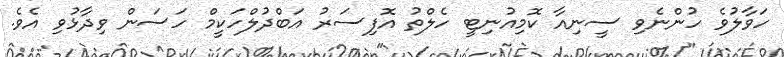
ހަވާލުވެ ހުންނެވި ސީނިއާ ކޮމިއުނިޓީ ހެލްތު އޮފިސަރު އަބްދުލްހަކީމް ހަސަން ވިދާޅުވި އެވެ.